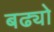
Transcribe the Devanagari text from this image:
बढ्यो